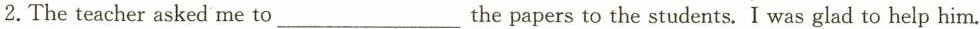
2.The teacher asked me to___ the papers to the students. I was glad to help him.